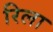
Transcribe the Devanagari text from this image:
रिला